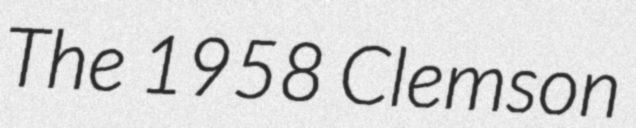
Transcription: The 1958 Clemson